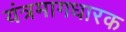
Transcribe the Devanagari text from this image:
यंत्रमागधारक